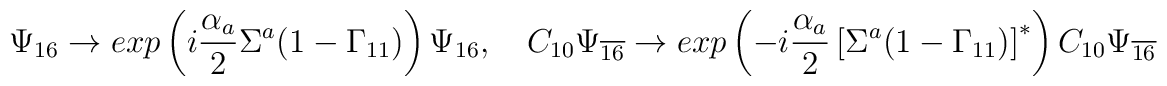
\Psi_{16} \rightarrow exp\left(i\frac{\alpha_a}{2}\Sigma^a(1 -\Gamma_{11})\right)\Psi_{16},\quad C_{10}\Psi_{\overline{16}} \rightarrow exp\left(-i\frac{\alpha_a}{2}\left[\Sigma^a(1-\Gamma_{11})\right]^*\right)C_{10}\Psi_{\overline{16}}